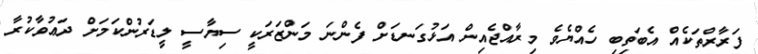
ފަރާރްތަކެއް އެބަތިބި ހެއްޔެވެ މިރާއްޖެއިން އަޅުގަނޑަށް ފެންނަ މަންޒަރަކީ ސިޔާސީ ލީޑަރުންކަމަށް ދަޢުވާކުރާ